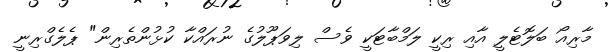
މާރިއޯ ބަލޮޓެލީ އާއި ރިކީ ލަމްބާޓަކީ ވެސް ލިވަޕޫލުގެ ނުރައްކާ ކުޅުންތެރިން" ޕެލެގްރިނީ